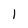
Character: 1